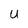
Character: U